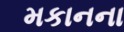
મકાનના